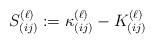
LaTeX: \begin{align*}S_{(ij)}^{(\ell)}:=\kappa_{(ij)}^{(\ell)}-K_{(ij)}^{(\ell)}\end{align*}